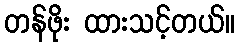
တန်ဖိုး ထားသင့်တယ်။